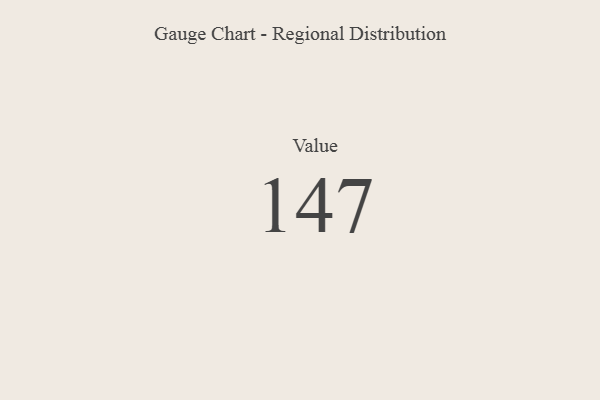
{"axis": {"x": "Metric", "y": "Value"}, "legend": [""], "data": [{"x": "Value", "y": 147, "type": ""}]}